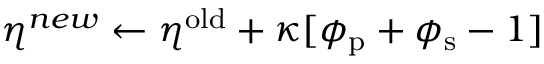
\eta ^ { n e w } \leftarrow \eta ^ { \mathrm { o l d } } + \kappa [ \phi _ { \mathrm { p } } + \phi _ { \mathrm { s } } - 1 ]